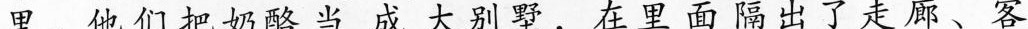
里。他们把奶酪当成大别墅，在里面隔出了走廊、客